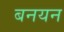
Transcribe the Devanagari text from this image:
बनयन